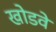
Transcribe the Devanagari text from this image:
खोडवे